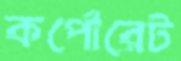
কর্পোরেট